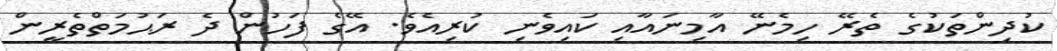
ކުދިންތަކުގެ ތެރޭ ހިމެނޭ އާމިނައާއި ކައިވެނި ކުރިއެވެ. އޭގެ ފަހުން ދެ ރަޙުމަތްތެރީން